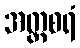
အတ္ထစရံ